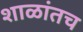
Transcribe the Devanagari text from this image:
शाळांतच